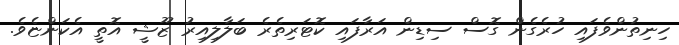
ހިނިތުންވެފައި ހުރެގެން ގޮސް ސިޑިން އަރާފައި ކޮޓަރިތެރެ ބަލާލިއިރު ޒޫޝީ އޮތީ އެކަންޏެވެ.